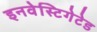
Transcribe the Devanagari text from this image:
इनवेस्टिगेटेड